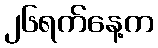
၂၆ရက်နေ့က